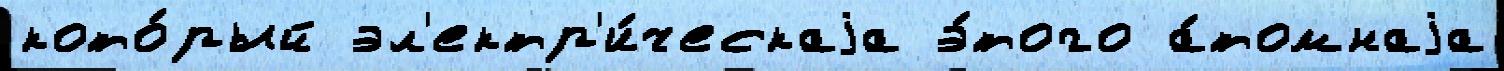
кото́рый эл'ектр'и́ческаjа э́того а́томнаjа